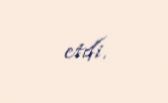
etdi.